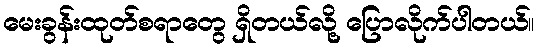
မေးခွန်းထုတ်စရာတွေ ရှိတယ်လို့ ပြောလိုက်ပါတယ်။